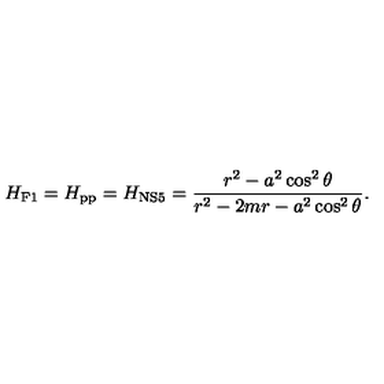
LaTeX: H _ { \mathrm { F 1 } } = H _ { \mathrm { p p } } = H _ { \mathrm { N S 5 } } = { \frac { r ^ { 2 } - a ^ { 2 } \cos ^ { 2 } \theta } { r ^ { 2 } - 2 m r - a ^ { 2 } \cos ^ { 2 } \theta } } .